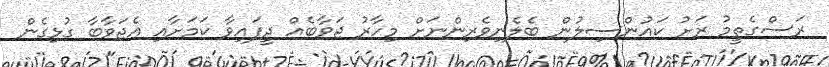
ރަސްގެތީމު ރަށު ކައުންސިލުން ބެލެނިވެރިންނަށް މިހާރު ޖަވާބެއް ދީފައިވާ ކަމަށާއި އެޖަވާބާ ގުޅިގެން